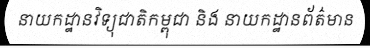
នាយកដ្ឋានវិទ្យុជាតិកម្ពុជា និង នាយកដ្ឋានព័ត៌មាន